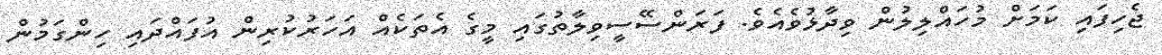
ޖެހިފައި ކަމަށް މުހައްލިލުން ވިދާޅުވެއެވެ. ފަރަންސޭސީވިލާތުގައި މީގެ އެތަކެއް އަހަރުކުރިން އުފައްދައި ހިންގަމުން